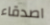
اصدقاء